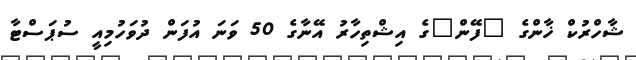
ޝާހްރުކް ޚާންގެ "ފޭން"ގެ އިޝްތިހާރު އޭނާގެ 50 ވަނަ އުފަން ދުވަހުމިއީ ސުޕަސްޓާ